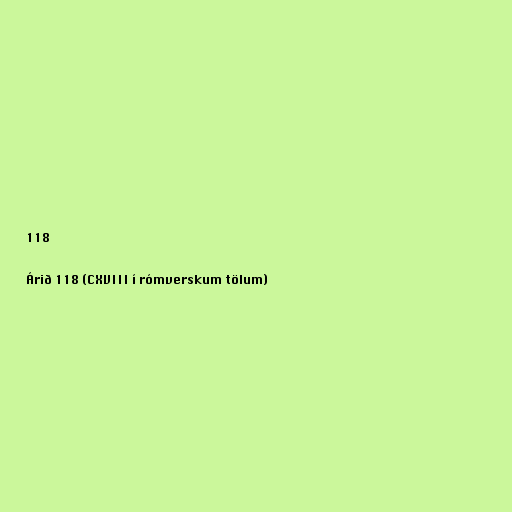
118

Árið 118 (CXVIII í rómverskum tölum)